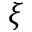
\xi